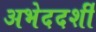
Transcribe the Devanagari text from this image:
अभेददर्शी